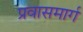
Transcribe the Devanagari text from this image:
प्रवासमार्ग